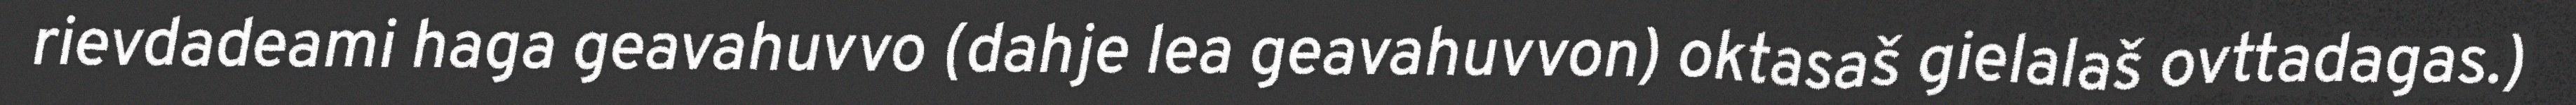
rievdadeami haga geavahuvvo (dahje lea geavahuvvon) oktasaš gielalaš ovttadagas.)